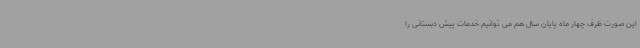
این صورت ظرف چهار ماه پایان سال هم می توانیم خدمات پیش دبستانی را